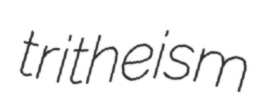
tritheism